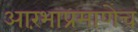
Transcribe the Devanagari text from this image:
आरंभाप्रमाणेच